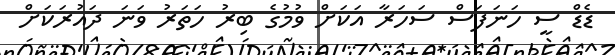
ޑެޑް ސީ ހަނަފަސް ސަހަރާ އަކަށް ވުމުގެ ބިރު ހަތަރު ވަނަ ދައުރަކަށް